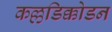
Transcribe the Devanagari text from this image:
कल्लडिक्कोडन